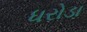
ધરોડા